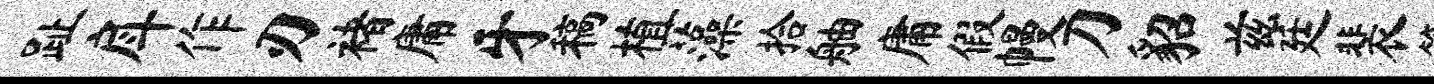
趾戽作刃褚庸牙稿植藻拾舳庸假幔刀貂兹廷裴篪